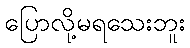
ပြောလို့မရသေးဘူး